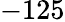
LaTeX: -125